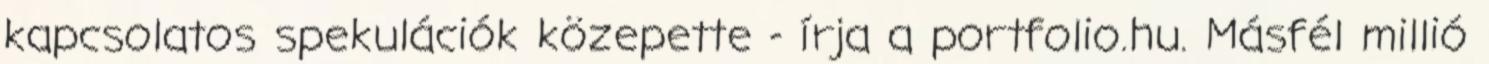
kapcsolatos spekulációk közepette - írja a portfolio.hu. Másfél millió